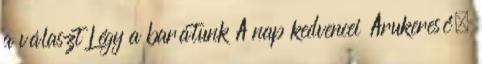
a választ Légy a barátunk A nap kedvencei Árukereső,